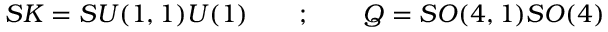
{ \cal S K } = { \o { S U ( 1 , 1 ) } { U ( 1 ) } } \quad \quad ; \quad \quad { \cal Q } = { \o { S O ( 4 , 1 ) } { S O ( 4 ) } }